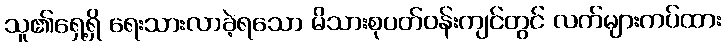
သူ၏ရှေ့ရှိ ရေးသားလာခဲ့ရသော မိသားစုပတ်ဝန်းကျင်တွင် လက်များကပ်ထား